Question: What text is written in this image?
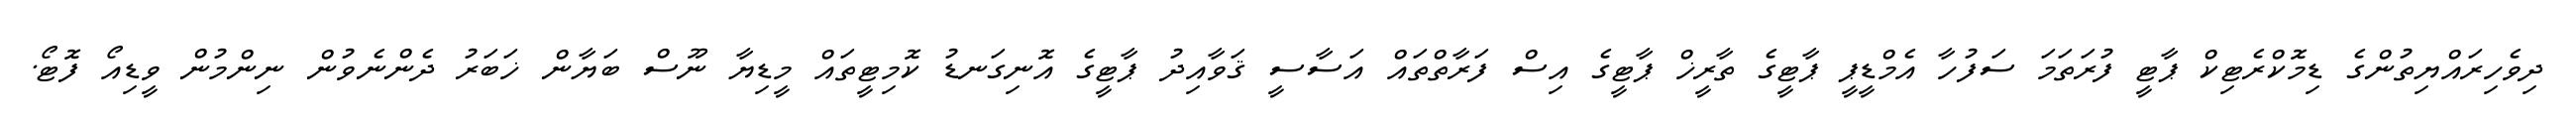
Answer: ދިވެހިރައްޔިތުންގެ ޑިމޮކްރެޓިކް ޕާޓީ ފުރަތަމަ ސަފުހާ އެމްޑީޕީ ޕާޓީގެ ތާރީޚް ޕާޓީގެ އިސް ފަރާތްތައް އަސާސީ ޤަވާއިދު ޕާޓީގެ އޮނިގަނޑު ކޮމިޓީތައް މީޑިޔާ ނޫސް ބަޔާން ޚަބަރު ދެންނެވުން ނިންމުން ވީޑިއޯ ފޮޓޯ.